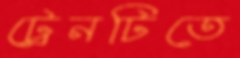
ট্রেনটিতে